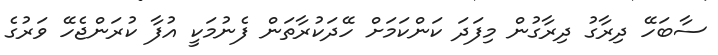
ސާބަހޭ ދިރާގު ދިރާގުން މިފަދަ ކަންކަމަށް ހޭދަކުރާތަން ފެނުމަކީ އުފާ ކުރަންޖެހޭ ވަރުގެ